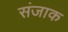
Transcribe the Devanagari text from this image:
संजाक